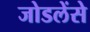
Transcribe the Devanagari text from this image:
जोडलेंसे